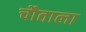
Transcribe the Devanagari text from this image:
चौताला